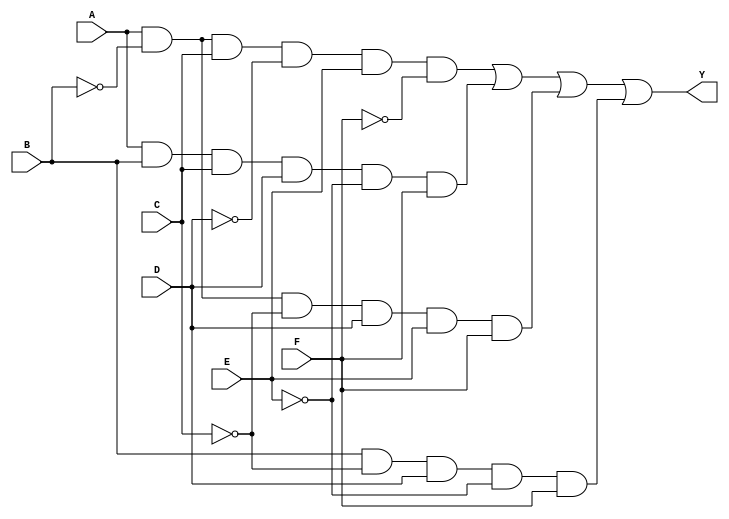
module six_variable_kmap (
    input wire A,    // First variable
    input wire B,    // Second variable
    input wire C,    // Third variable
    input wire D,    // Fourth variable
    input wire E,    // Fifth variable
    input wire F,    // Sixth variable
    output wire Y    // Output for the minimized function
);

// Internal signal for K-map representation
wire [63:0] kmap;

// Example: Assigning values to the K-map based on specific minterms
// This is where you would define which minterms are '1' based on your K-map grouping.
// For demonstration purposes, let's assume some arbitrary minterms are '1':
assign kmap[0]  = 1; // m0
assign kmap[1]  = 0; // m1
assign kmap[2]  = 1; // m2
assign kmap[3]  = 0; // m3
assign kmap[4]  = 1; // m4
assign kmap[5]  = 1; // m5
assign kmap[6]  = 0; // m6
assign kmap[7]  = 0; // m7
assign kmap[8]  = 1; // m8
assign kmap[9]  = 1; // m9
assign kmap[10] = 0; // m10
assign kmap[11] = 1; // m11
assign kmap[12] = 0; // m12
assign kmap[13] = 0; // m13
assign kmap[14] = 1; // m14
assign kmap[15] = 1; // m15
// Continue this for all 64 minterms...

// Output logic based on the K-map simplification
// Here we will create a simplified expression based on the groups identified in the K-map.
assign Y = (A & ~B & C & ~D & E & ~F) | // Example group from K-map
           (A & B & C & D & ~E & F) |  // Another example group
           (A & ~B & ~C & D & E & F) | // Another example group
           (B & ~C & D & ~E & F);      // Another example group

endmodule